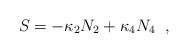
LaTeX: \begin{align*}S = - \kappa_2 N_2 + \kappa_4 N_4 \; \; ,\end{align*}